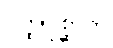
ဝတ္ထုပုစ္ဆာတိ